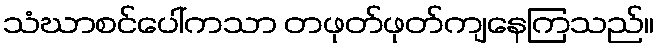
သံဃာစင်ပေါ်ကသာ တဖုတ်ဖုတ်ကျနေကြသည်။